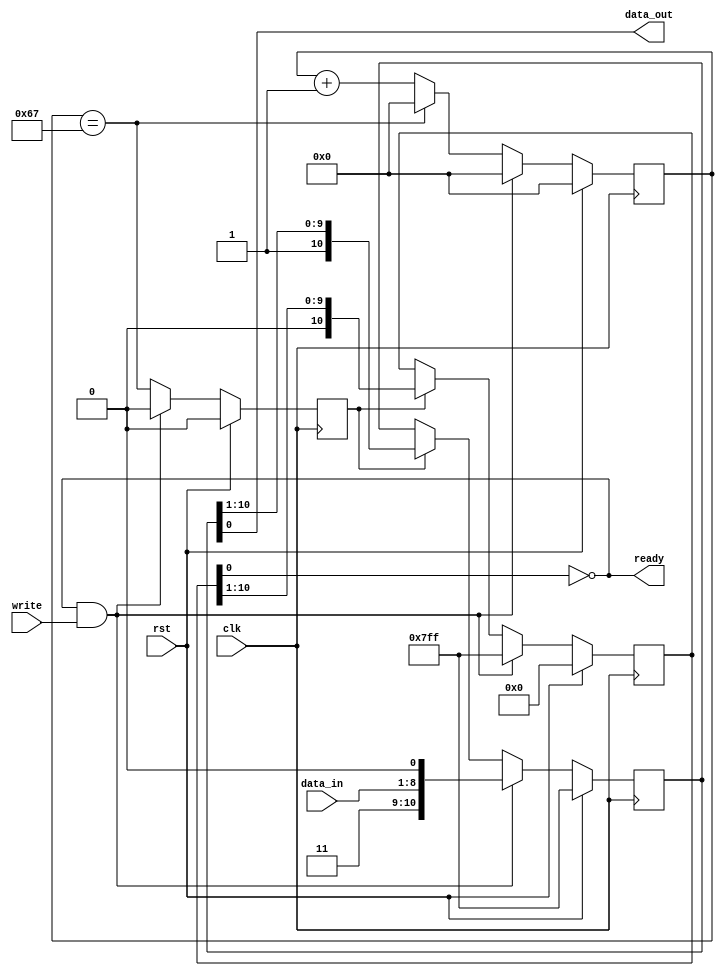
module uart_tx
#(
	parameter integer BDIV = 103
)
(
	input  wire       rst,
	input  wire       clk,
	output wire       ready,
	input  wire [7:0] data_in,
	input  wire       write,
	output wire       data_out
);

///////////////////////////////////////////////////////////////////////
// Baud rate generator

reg  [7:0] baud_div = 8'd0;
wire       baud_div_match = (baud_div == BDIV);
wire [7:0] baud_div_next = baud_div_match ? 8'd0 : (baud_div + 8'd1);

reg        shift_en = 1'b0;

///////////////////////////////////////////////////////////////////////
// Data shift register

reg  [10:0] shifter;
reg  [10:0] shifter_valid;

always @(posedge clk) begin
	if(rst) begin
		baud_div <= 8'd0;
		shift_en <= 1'b0;

		shifter <= 11'b111_1111_1111;
		shifter_valid <= 11'b000_0000_0000;
	end else if(ready && write) begin
		baud_div <= 8'd0;
		shift_en <= 1'b0;

		shifter       <= { 2'b11, data_in,      1'b0 };
		shifter_valid <= { 2'b11, 8'b1111_1111, 1'b1 };
	end else begin
		baud_div <= baud_div_next;
		shift_en <= baud_div_match;

		if(shift_en) begin
			shifter       <= { 1'b1,       shifter[10:1] };
			shifter_valid <= { 1'b0, shifter_valid[10:1] };
		end
	end
end

assign data_out = shifter[0];
assign ready = !shifter_valid[0];

endmodule